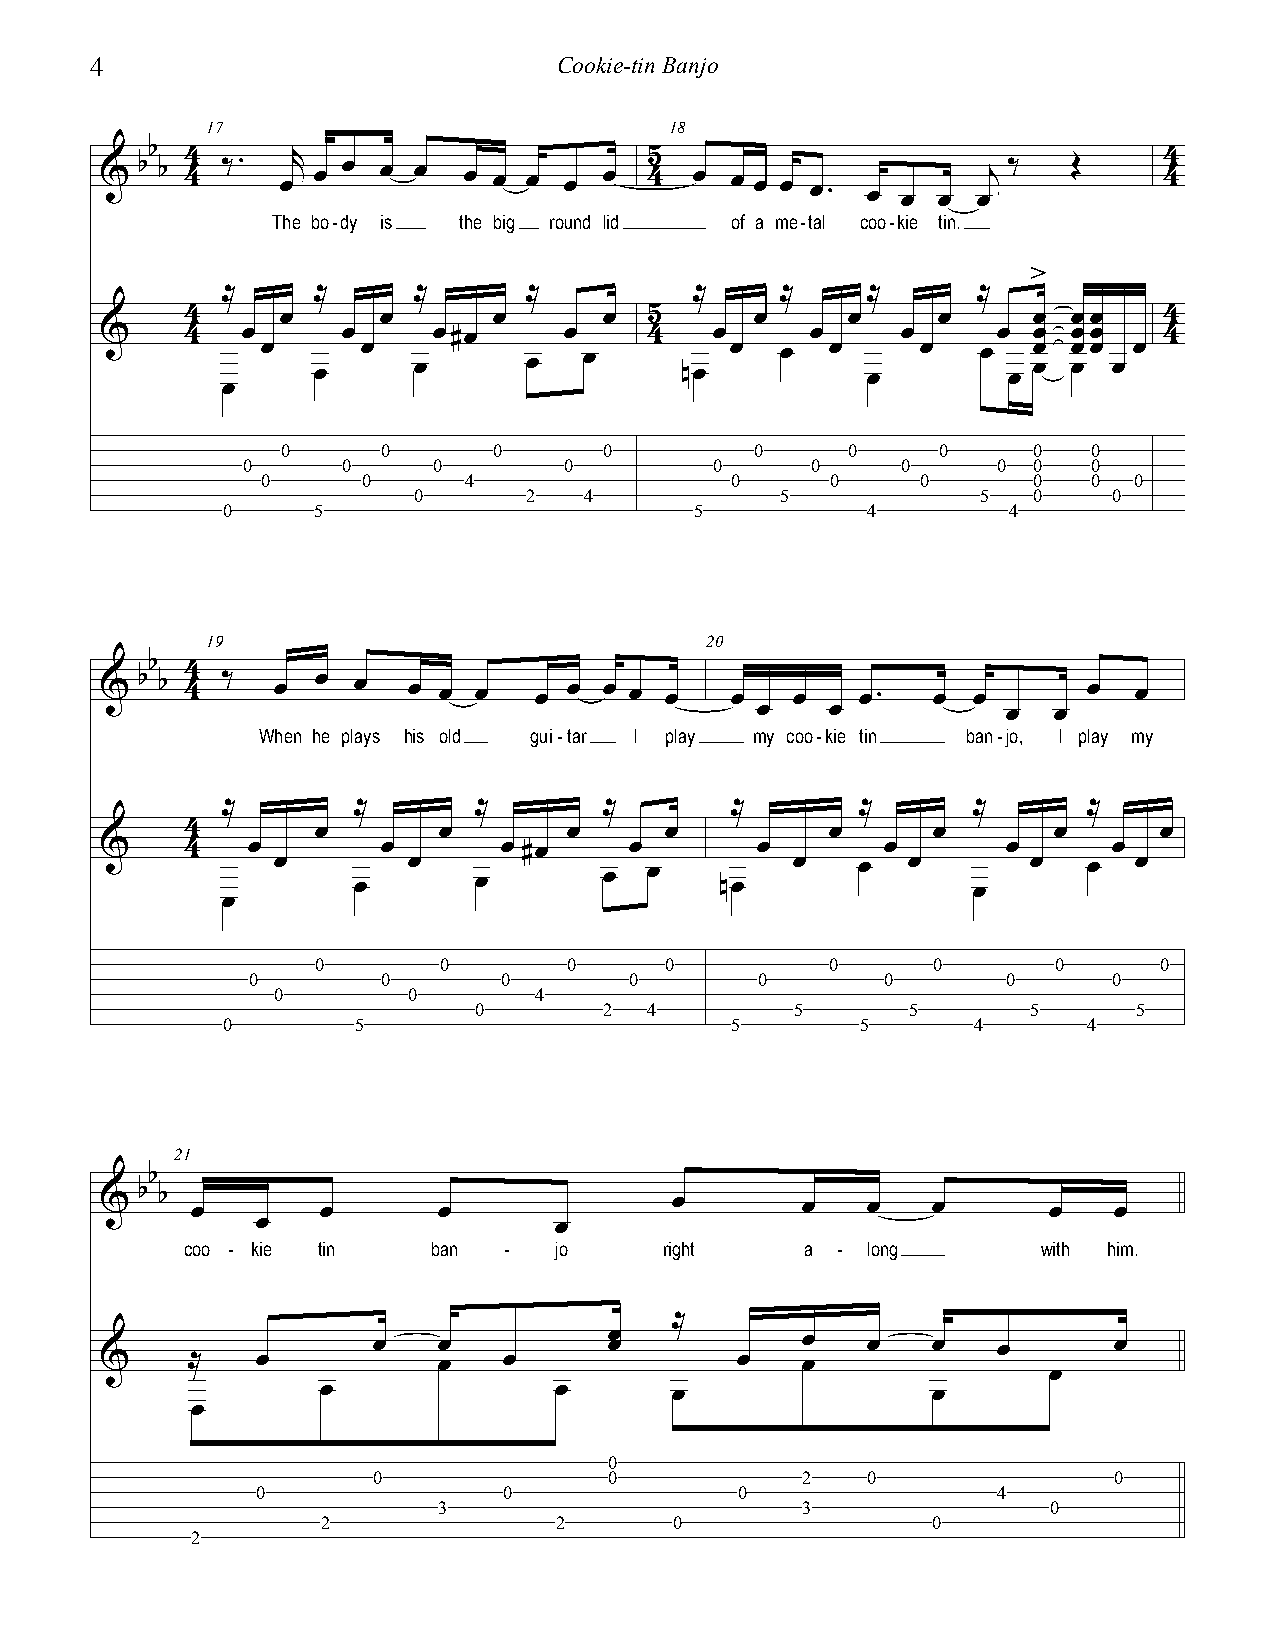
4                              Cookie-tin Banjo
 17                            18
 & bb b 44 ‰. œr œ œ œ œ œ œ œ œ  œ  45 œ œ œ œ œ. œ  œ œ  œj‰   Œ     44
 The bo-dy is the big round lid of a me-tal coo-kie tin.
 >
 ≈    ≈    ≈      ≈         ≈    ≈   ≈      ≈
 4      œ     œ       œ      œ  5      œ     œ     œ     œ  œœ    4
 &    4   œ      œ     œ#œ     œ     4   œ      œ     œ     œ œ  œœ    4
 œ   œ  œ  œ       œ   œ     nœ œ   œ  œ œ   œ   œ œ œ œ œ œœ œ œ
 œ
 0     0       0      0         0     0     0     0   0
 0      0     0       0         0      0     0     0 0   0
 0      0      4                0      0     0      0   0  0
 0       2   4            5            5  0     0
 0     5                        5          4         4
 19                               20
 b 4
 & b b 4 ‰  œ  œ œ   œ œ œ   œ  œ œ œ œ   œ    œ   œ.   œ œ       œ  œ
 œ    œ           œ  œ
 When he plays his old gui-tar I play my coo-kie tin ban-jo, I play my
 ≈      ≈      ≈       ≈      ≈       ≈     ≈      ≈
 4        œ       œ        œ     œ          œ      œ       œ      œ
 &    4   œ        œ       œ #œ     œ       œ        œ       œ      œ
 œ    œ   œ   œ        œ  œ    nœ   œ   œ  œ   œ   œ   œ  œ
 œ
 0       0        0     0          0      0       0      0
 0        0       0        0       0        0       0      0
 0        0       4
 0        2  4         5      5       5      5
 0       5                        5        5      4       4
 21
 b
 & b b œ       œ       œ               œ       œ   œ    œ      œ    œ
 œ                   œ
 coo - kie tin    ban -   jo     right    a - long        with him.
 ≈
 œ   œ          œ œ          œ   œ    œ   œ       œ
 &    ≈   œ           œ   œ               œ   œ
 œ
 œ               œ       œ                œ
 œ
 0
 0              0            2   0                0
 0               0               0                4
 3                       3               0
 2               2       0                0
 2